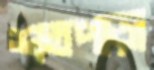
শতপাড়া